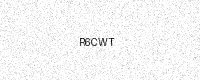
Text: R6CWT